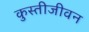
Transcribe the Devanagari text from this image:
कुस्तीजीवन